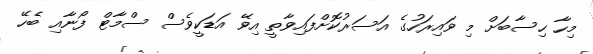
މިހާ ހިސާބަށް މި ވައިރަހުގެ އަސަރުކޮށްފައިވާތީ އިވޭ އަޑަކީވެސް ސްމާޓް ފޯނާއި ބެހޭ